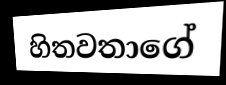
හිතවතාගේ